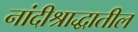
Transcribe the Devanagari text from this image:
नांदीश्राद्धातील